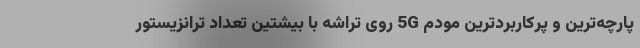
پارچه‌ترین و پرکاربردترین مودم 5G روی تراشه با بیشتین تعداد ترانزیستور